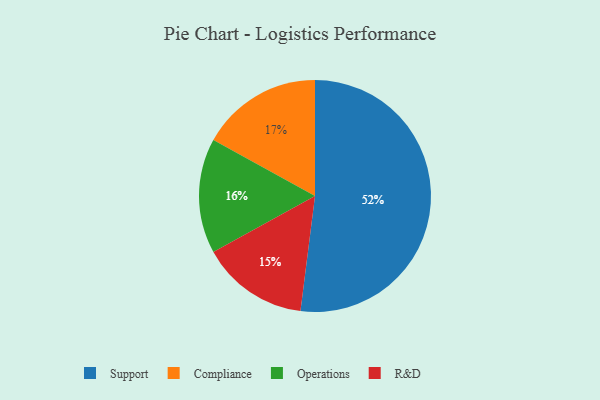
{"axis": {"x": "Category", "y": "Percentage"}, "legend": ["Compliance", "Operations", "R&D", "Support"], "data": [{"x": "R&D", "y": 15, "type": "R&D"}, {"x": "Operations", "y": 16, "type": "Operations"}, {"x": "Support", "y": 52, "type": "Support"}, {"x": "Compliance", "y": 17, "type": "Compliance"}]}